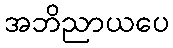
အဘိညာယပေ